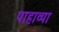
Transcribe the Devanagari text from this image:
पाहाव्या